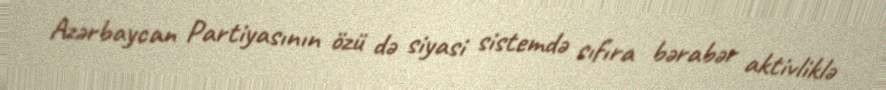
Azərbaycan Partiyasının özü də siyasi sistemdə sıfıra bərabər aktivliklə